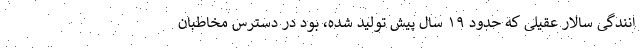
انندگی سالار عقیلی که حدود ۱۹ سال پیش تولید شده، بود در دسترس مخاطبان